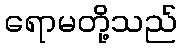
ရောမတို့သည်